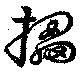
擂